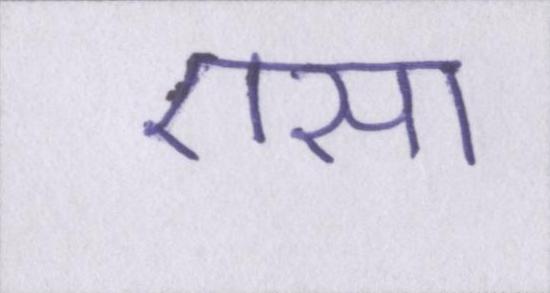
एसा